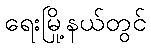
ရေးမြို့နယ်တွင်